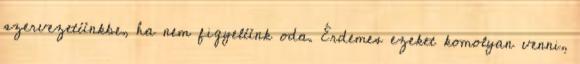
szervezetünkbe, ha nem figyelünk oda. Érdemes ezeket komolyan venni,